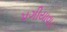
પગીયાવાડ